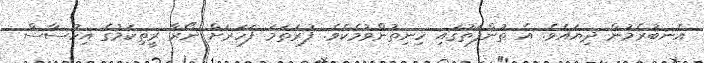
އެނބުރެމުން ދިޔައެވެ. އެ ތުންފަތުގައި ހިނިތުންވުމެކެވެ. ފުރަތަމަ ފަހަރަށް ނޯރާ ރީތިކަމުގެ އިހުސާސް